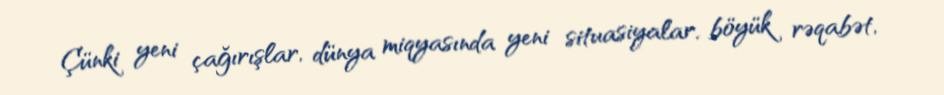
Çünki yeni çağırışlar, dünya miqyasında yeni situasiyalar, böyük rəqabət,